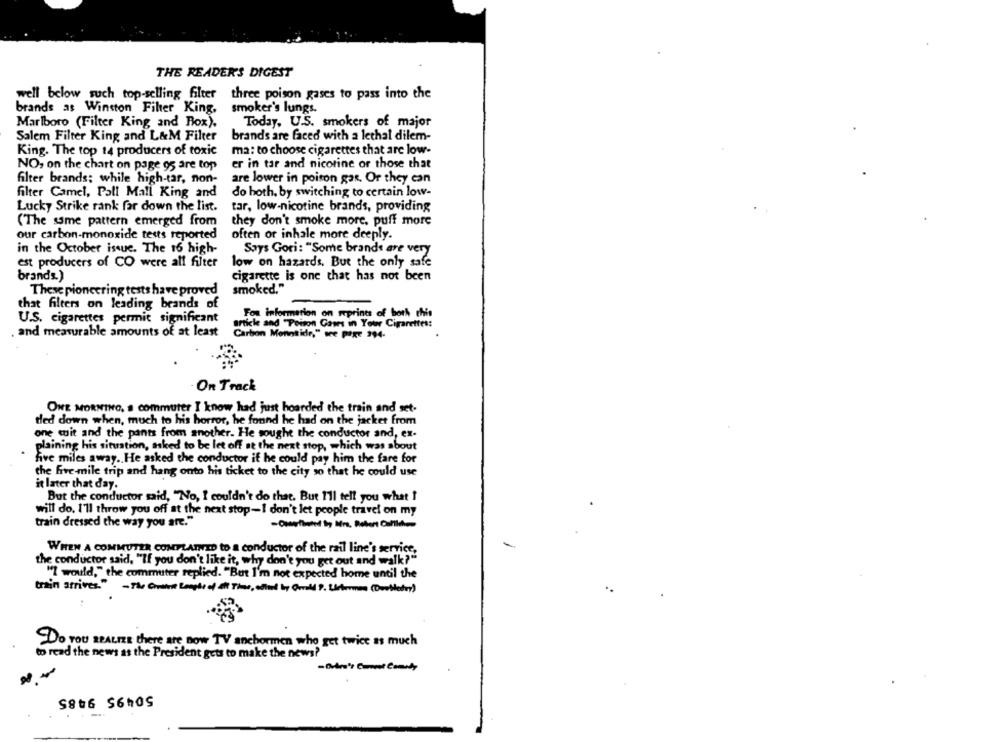
THE READER'S DIGEST
well below such top-selling filter three poison gases to pass into the
brands as Winston Filter King,
smoker's lungs.
Marlboro (Filter King and Box).
Today, U.S. smokers of major
Salem Filter King and L&M Filter
brands are faced with a lethal dilem-
King. The top 14 producers of toxic
ma: to choose cigarettes that are low-
NO, on the chart on page 95 are top
er in tar and nicotine or those that
are lower in poiton gar. Or they can
filter brands; while high-tar, non-
filter Camel, Pall Mall King and
do hoth, by switching to certain low-
Lucky Strike rank far down the list.
tar, low-nicotine brands, providing
(The same pattern emerged from
they don't smoke more, puff more
our carbon-monoxide tests reported
often or inhale more deeply.
in the October issue. The 16 high-
Says Gori: "Some brands are very
est producers of CO were all filter
low on hazards. But the only safe
brands.)
cigarette is one that has not been
smoked."
These pioneering tests have proved
that filters on leading brands of
U.S. cigarettes permit significant
For information on meprints of both chis
Poiton Games in Your Cigarettes:
. and measurable amounts of at least
Carbon Monotidr," ore page 394-
On Track
ONE MORNING, a commuter I know had just hoarded the train and set-
ded down when, much to his horror, he found he had on the jacket from
one cuit and the pants from another. He sought the conductor and, ex-
plaining his situation, asked to be let off at the next stop, which was about
five miles away. He asked the conductor if he could pay him the fare for
the five mile trip and hang onto his ticket to the city so that he could use
it later that day.
But the conductor said, "No, I couldn't do that. But I'll tell you what !
will do. I'll throw you off at the next stop-I don't let people travel on my
train dressed the way you are."
WHEN A COMMUTER COMPLAINED to a conductor of the rail line's service.
the conductor said, "If you don't like it, why don't you get out and walk?"
"I would," the commuter replied. "But I'm not expected home until the
train arrives." -The Crahvit Lengde of ait Time, ofluet Ly Orrold P. Lieberman (Doubletry)
Do you REALIZE there are now TV anchormen who get twice as much
to read the news as the President gets to make the news?
50495 9485